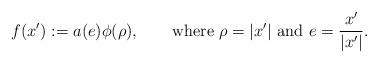
LaTeX: \begin{align*}f(x'):=a(e)\phi(\rho),\qquad\hbox{where }\rho=|x'|\hbox{ and }e=\frac{x'}{|x'|}.\end{align*}